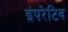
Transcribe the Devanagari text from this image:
इंपरेटिव